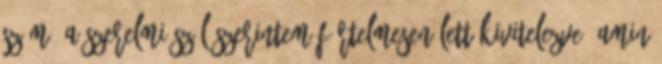
szám, a szerelmi szál szerintem förtelmesen lett kivitelezve, amin